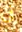
فى